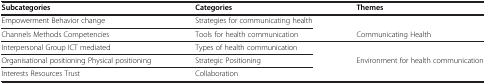
<table><thead><tr><td><b>Subcategories</b></td><td><b>Categories</b></td><td><b>Themes</b></td></tr></thead><tbody><tr><td>Empowerment Behavior change</td><td>Strategies for communicating health</td><td> </td></tr><tr><td>Channels Methods Competencies</td><td>Tools for health communication</td><td>Communicating Health</td></tr><tr><td>Interpersonal Group ICT mediated</td><td>Types of health communication</td><td> </td></tr><tr><td>Organisational positioning Physical positioning</td><td>Strategic Positioning</td><td rowspan="2">Environment for health communication</td></tr><tr><td>Interests Resources Trust</td><td>Collaboration</td></tr></tbody></table>